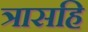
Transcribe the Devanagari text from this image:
त्रासहि